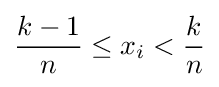
{\frac {k-1}{n}}\leq x_{i}<{\frac {k}{n}}